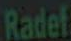
Radel